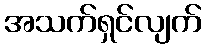
အသက်ရှင်လျက်